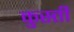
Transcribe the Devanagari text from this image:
कुस्त्ती